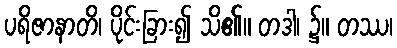
ပရိဇာနာတိ၊ ပိုင်းခြား၍ သိ၏။ တဒါ၊ ၌။ တဿ၊